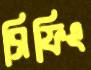
ব্রিফিং